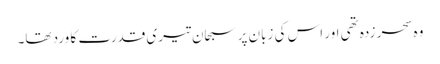
وہ سحر زدہ تھی اور اس کی زبان پر سبحان تیری قدرت کا ورد تھا۔